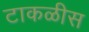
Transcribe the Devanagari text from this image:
टाकळीस